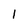
Character: l